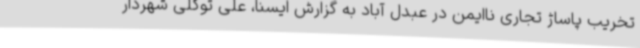
تخریب پاساژ تجاری ناایمن در عبدل آباد به گزارش ایسنا، علی توکلی شهردار